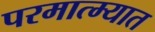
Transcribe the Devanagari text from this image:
परमात्म्यात